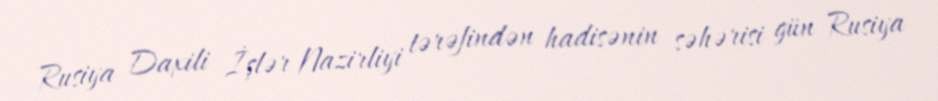
Rusiya Daxili İşlər Nazirliyi tərəfindən hadisənin səhərisi gün Rusiya